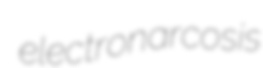
electronarcosis